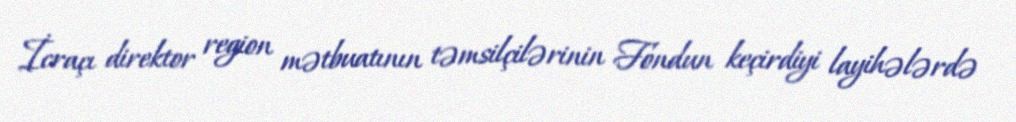
İcraçı direktor region mətbuatının təmsilçilərinin Fondun keçirdiyi layihələrdə